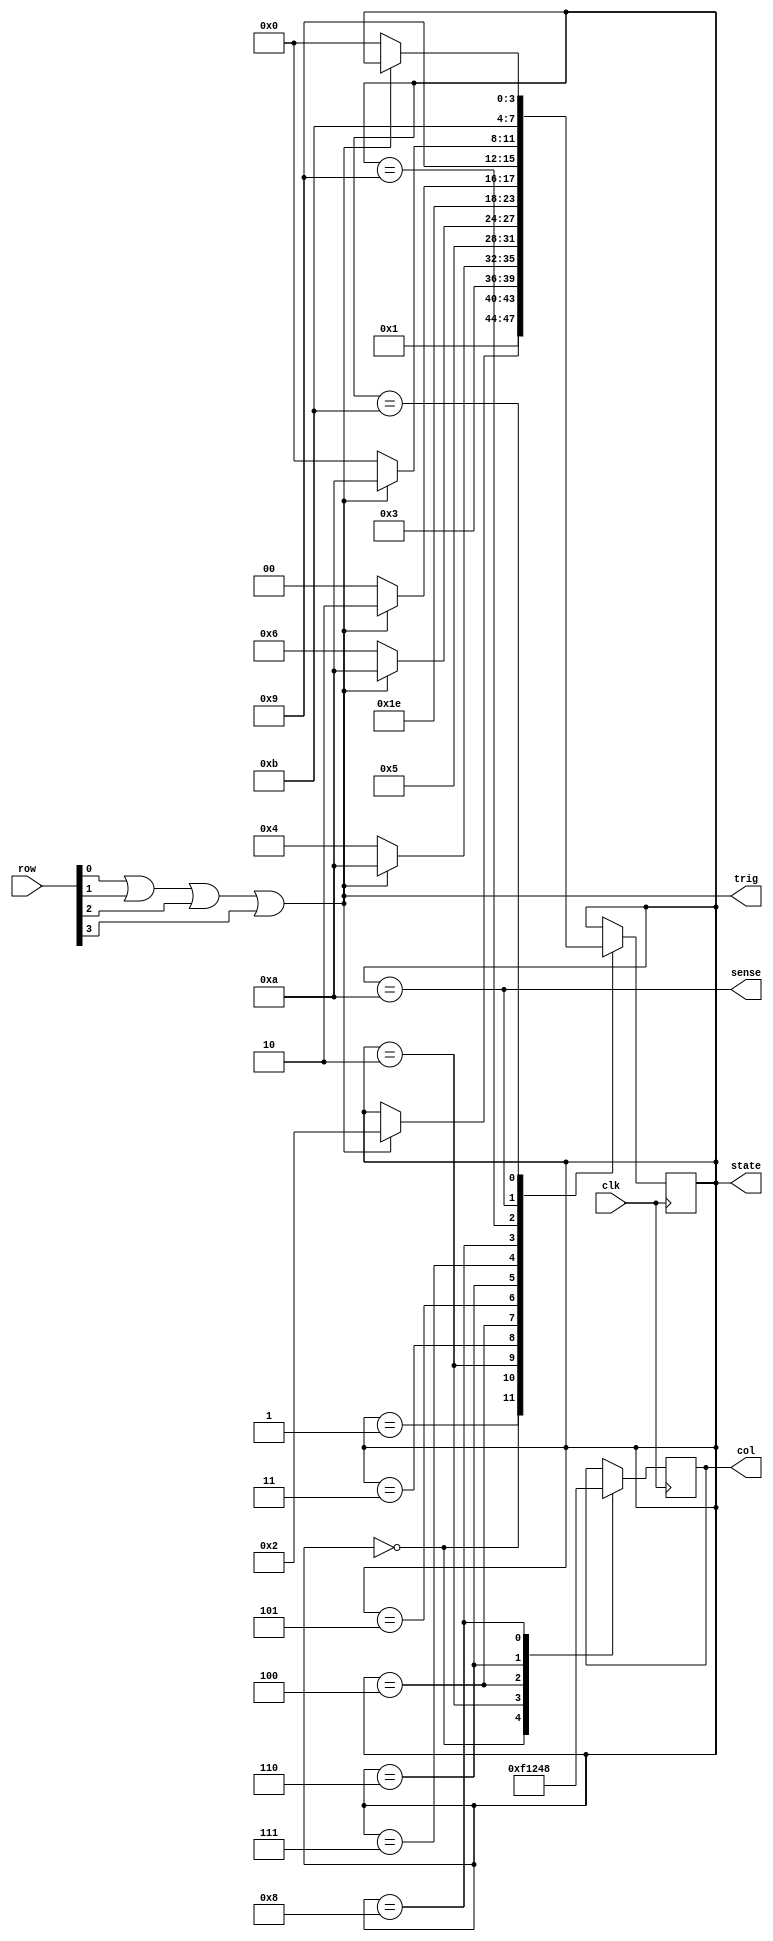
module keypad_fsm(
input clk,
input [3:0] row,
output reg [3:0] col,
output sense,
// Debug
output reg [3:0] state,
output trig
);
assign trig = row[0] || row[1] || row[2] || row[3];
assign sense = state == 10;
always @ (posedge clk)
begin
case (state)
0: begin col = 4'b1111; state = 1; end
1: if (trig) begin state = 2; end
2: begin col = 4'b0001; state = 3; end
3: if (trig) begin state = 10; end else begin state = 4; end
4: begin col = 4'b0010; state = 5; end
5: if (trig) begin state = 10; end else begin state = 6; end
6: begin col = 4'b0100; state = 7; end
7: if (trig) begin state = 10; end else begin state = 8; end
8: begin col = 4'b1000; state = 9; end
9: if (trig) begin state = 10; end else begin state = 0; end
10: begin state = 11; end
11: if (~trig) begin state = 0; end
endcase
end
endmodule